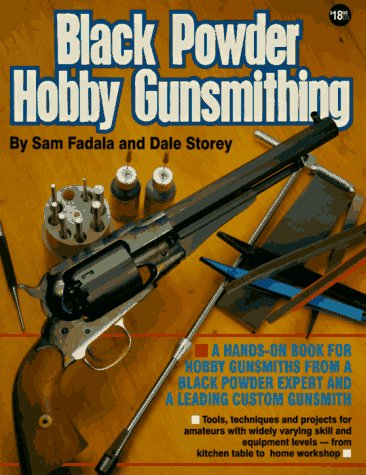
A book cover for Black Powder Hobby Gunsmithing; Sam Fadala; Crafts, Hobbies & Home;